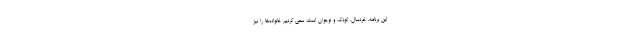
این برنامه، خردسال، کودک و نوجوان است، سعی کردیم خانواده‌ها را نیز